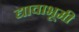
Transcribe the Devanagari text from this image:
द्यावाभूमी